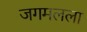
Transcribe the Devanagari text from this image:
जगमलला